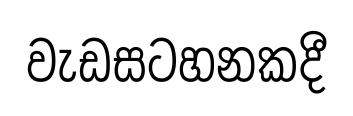
වැඩසටහනකදී